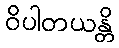
ဝိပါတယန္တိ